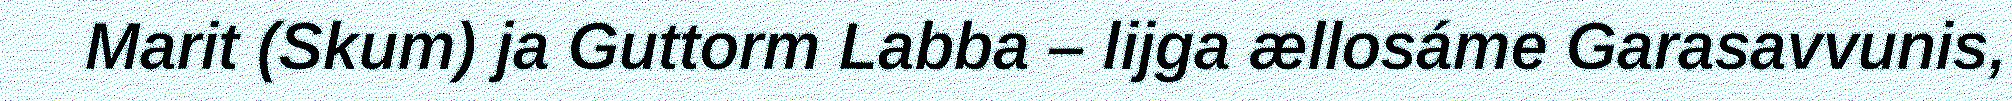
Marit (Skum) ja Guttorm Labba – lijga ællosáme Garasavvunis,